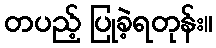
တပည့် ပြုခဲ့ရတုန်း။